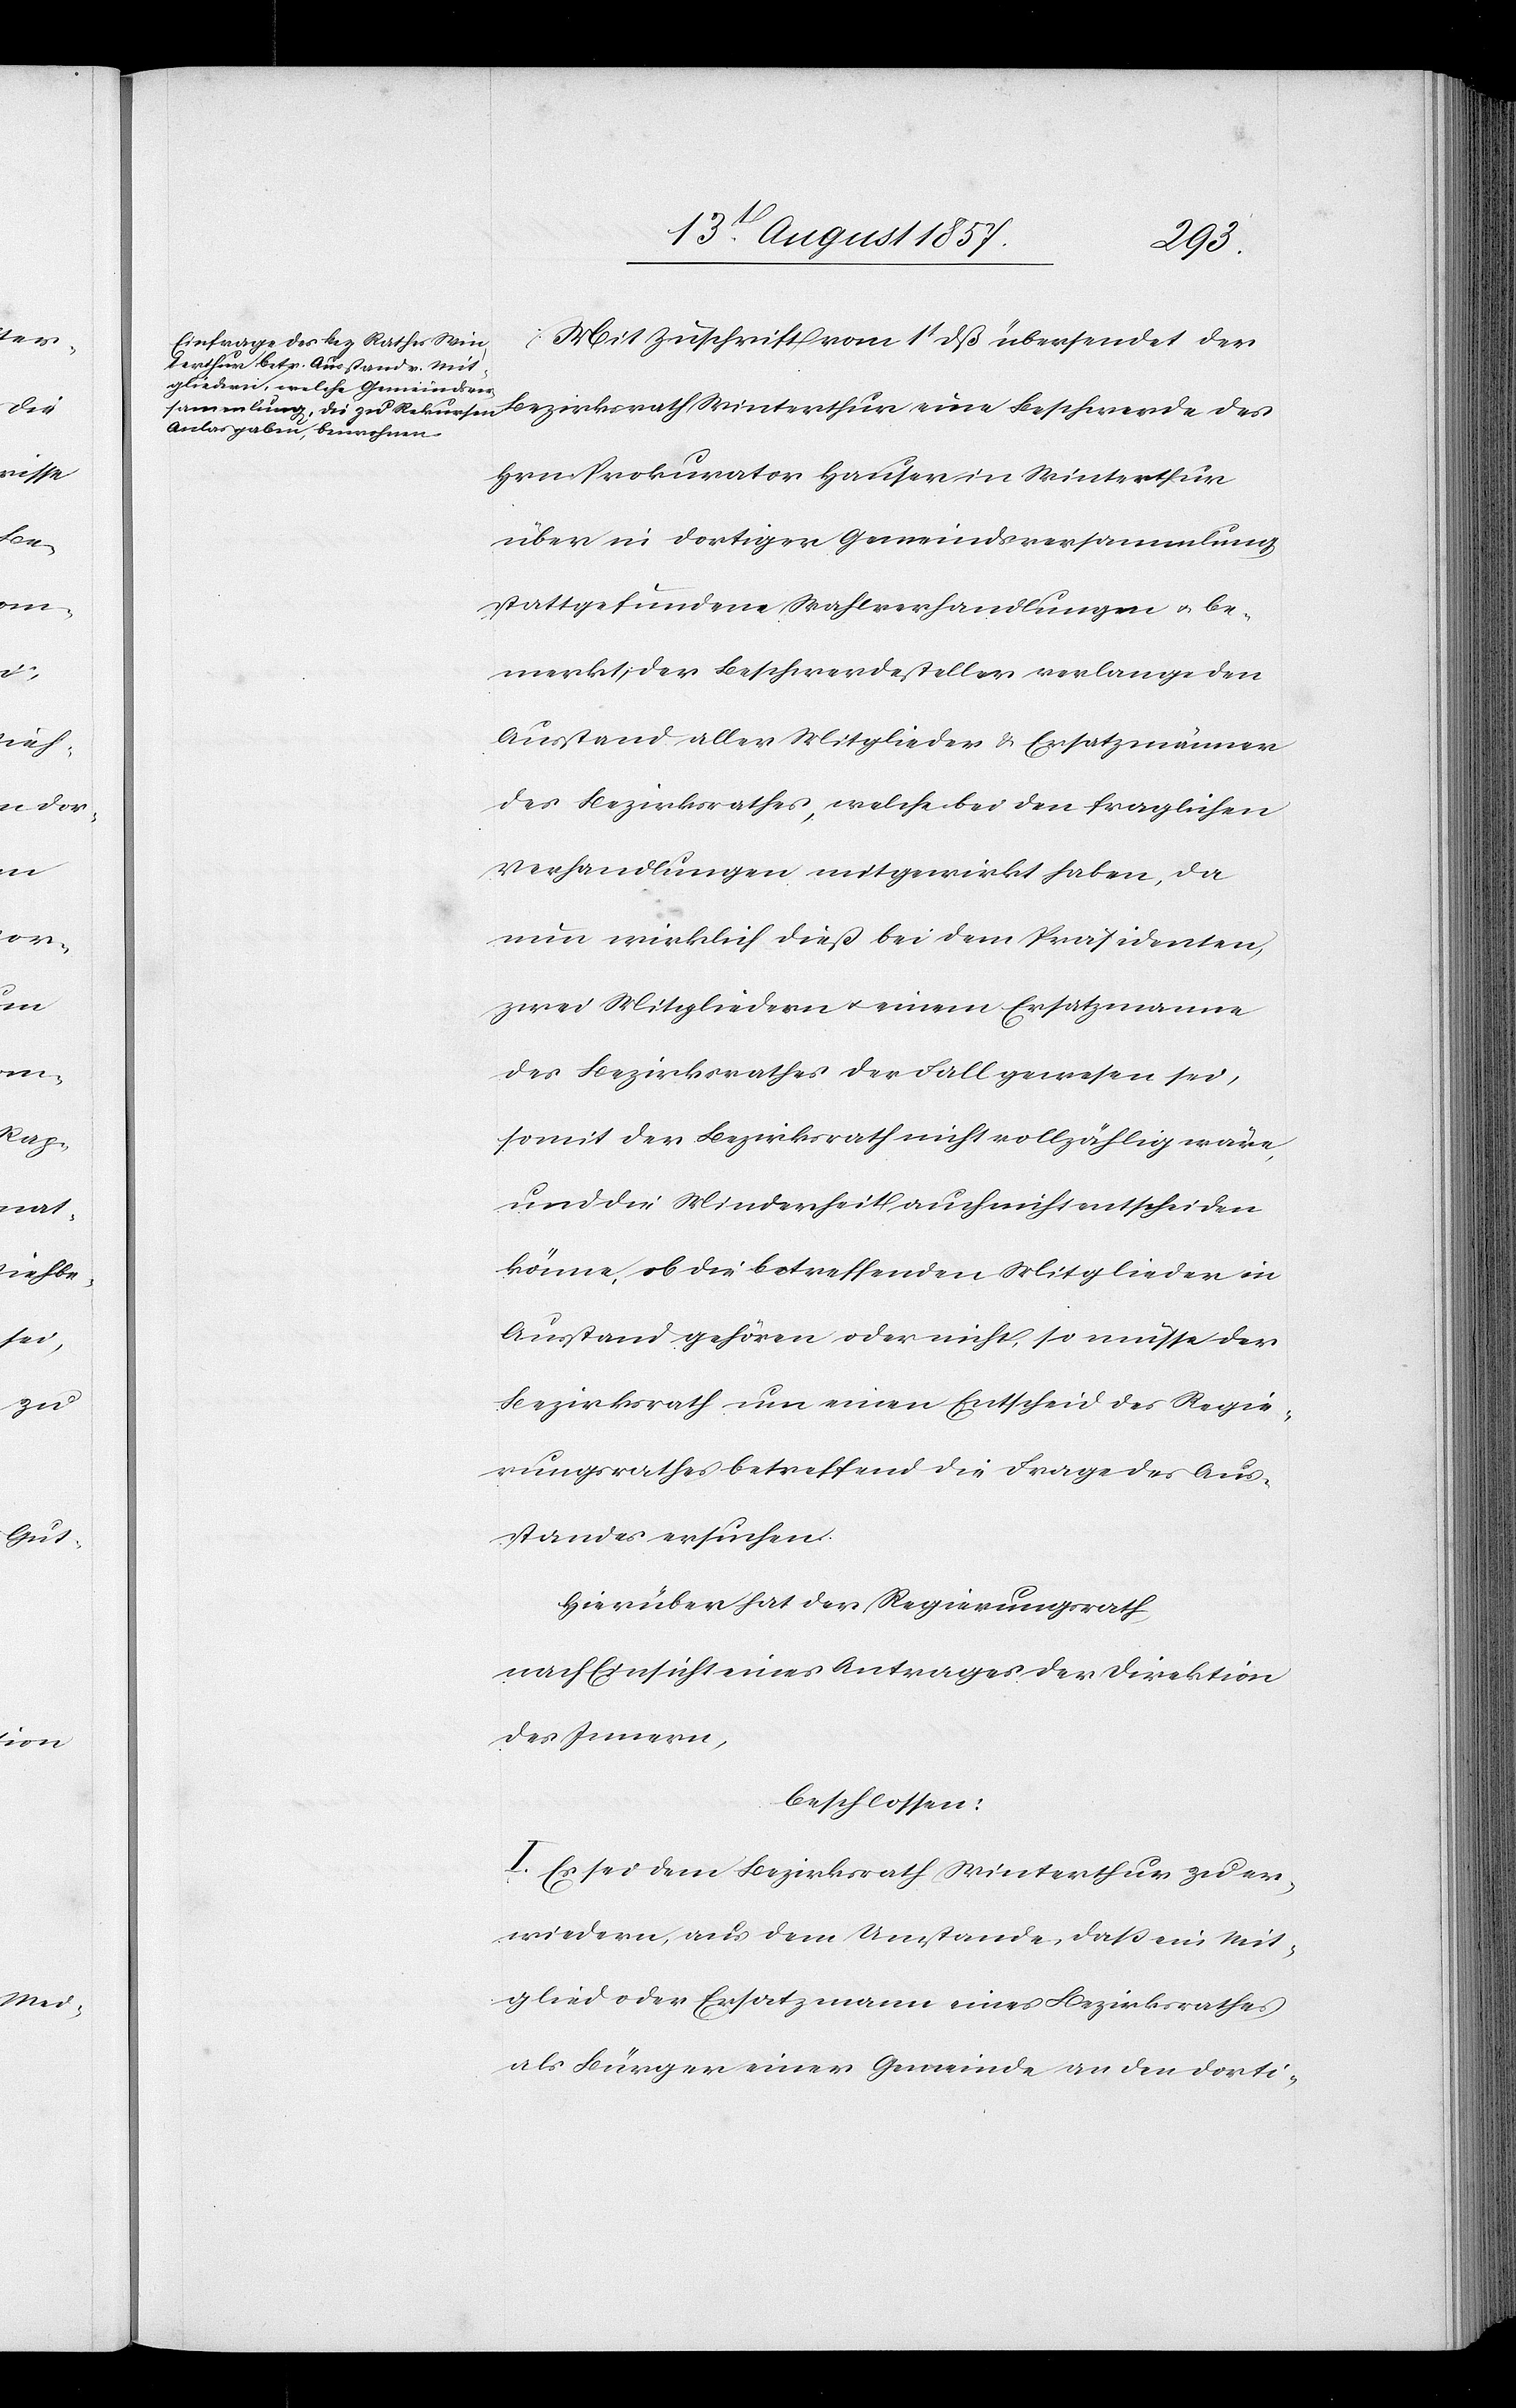
Mit Zuschrift vom 1t dieß übersendet der
Hrn. Prokurator Hauser in Winterthur
über in dortiger Gemeindsversammlung
stattgefundene Wahlverhandlungen & be¬
merkt, der Beschwerdesteller verlange den
Ausstand aller Mitglieder & Ersatzmänner
des Bezirksrathes, welche bei den fraglichen
Verhandlungen mitgewirkt haben, da
nun wirklich dieß bei dem Präsidenten,
zwei Mitgliedern & einem Ersatzmanne
des Bezirksrathes der Fall gewesen sei,
somit der Bezirksrath nicht vollzählig wäre,
und die Minderheit auch nicht entscheiden
könne, ob die betreffenden Mitglieder in
Ausstand gehören oder nicht, so müsse der
Bezirksrath um einen Entscheid des Regie¬
rungsrathes betreffend die Frage des Aus¬
standes ersuchen.
Hierüber hat der Regierungsrath,
nach Einsicht eines Antrages der Direktion
des Innern,
beschlossen:
I. Es sei dem Bezirksrath Winterthur zu er¬
wiedern, aus dem Umstande, daß ein Mit¬
glied oder Ersatzmann eines Bezirksrathes
als Bürger einer Gemeinde an den dorti-